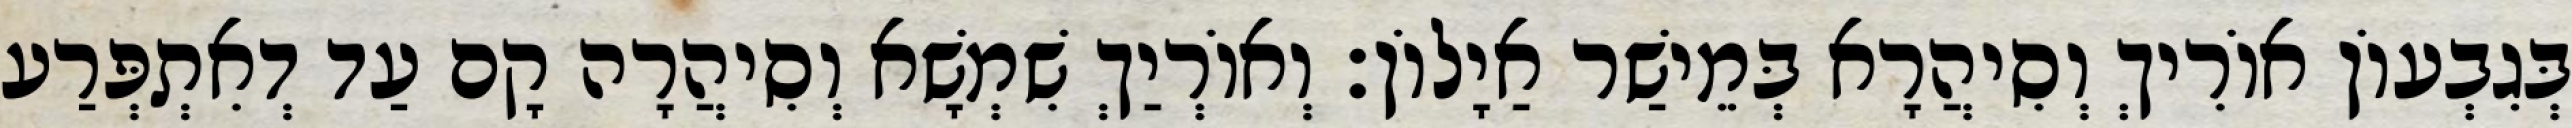
בְּגִבְעוֹן אוֹרִיךְ וְסִיהֲרָא בְּמֵישַׁר אַיָלוֹן׃ וְאוֹרְיַךְ שִׁמְשָׁא וְסִיהֲרָה קָם עַד דְאִתְפְּרַע